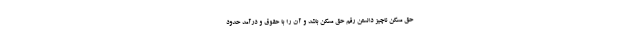
حق مسکن ناچیز دانستن رقم حق مسکن باشد و آن را با حقوق و درآمد حدود